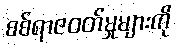
စစ်ရာဇဝတ်မှုများကို